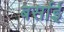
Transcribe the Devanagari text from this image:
बर्साई